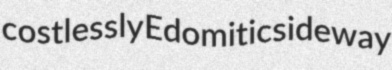
costlessly Edomitic sideway